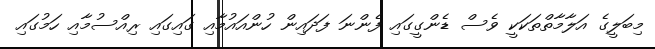
މިބަލީގެ އަލާމާތްތަކަކީ ވެސް ޑެންގީގައި ފެންނަ ފަދައިން ހުންއައުމާއި ގައިގައި ރިއްސުމާއި ހަމުގައި